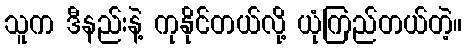
သူက ဒီနည်းနဲ့ ကုနိုင်တယ်လို့ ယုံကြည်တယ်တဲ့။